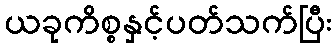
ယခုကိစ္စနှင့်ပတ်သက်ပြီး